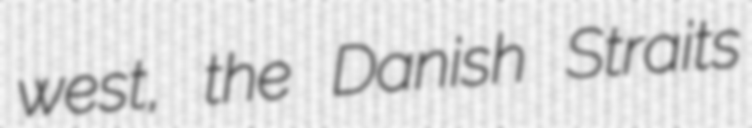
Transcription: west, the Danish Straits